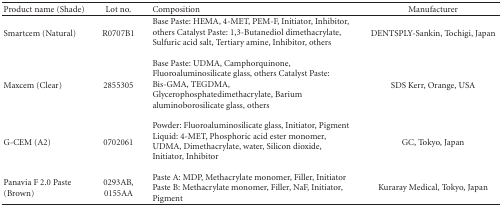
| Product name (Shade) | Lot no. | Composition | Manufacturer |
 | --- | --- | --- | --- |
 | Smartcem (Natural) | R0707B1 | Base Paste: HEMA, 4-MET, PEM-F, Initiator, Inhibitor, others Catalyst Paste: 1,3-Butanediol dimethacrylate, Sulfuric acid salt, Tertiary amine, Inhibitor, others | DENTSPLY-Sankin, Tochigi, Japan |
 | Maxcem (Clear) | 2855305 | Base Paste: UDMA, Camphorquinone, Fluoroaluminosilicate glass, others Catalyst Paste: Bis-GMA, TEGDMA, Glycerophosphatedimethacrylate, Barium aluminoborosilicate glass, others | SDS Kerr, Orange, USA |
 | G-CEM (A2) | 0702061 | Powder: Fluoroaluminosilicate glass, Initiator, Pigment Liquid: 4-MET, Phosphoric acid ester monomer, UDMA, Dimethacrylate, water, Silicon dioxide, Initiator, Inhibitor | GC, Tokyo, Japan |
 | Panavia F 2.0 Paste (Brown) | 0293AB, 0155AA | Paste A: MDP, Methacrylate monomer, Filler, Initiator Paste B: Methacrylate monomer, Filler, NaF, Initiator, Pigment | Kuraray Medical, Tokyo, Japan |